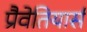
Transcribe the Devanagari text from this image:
प्रैवेतियार्स